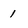
Character: 1